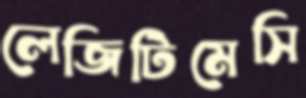
লেজিটিমেসি